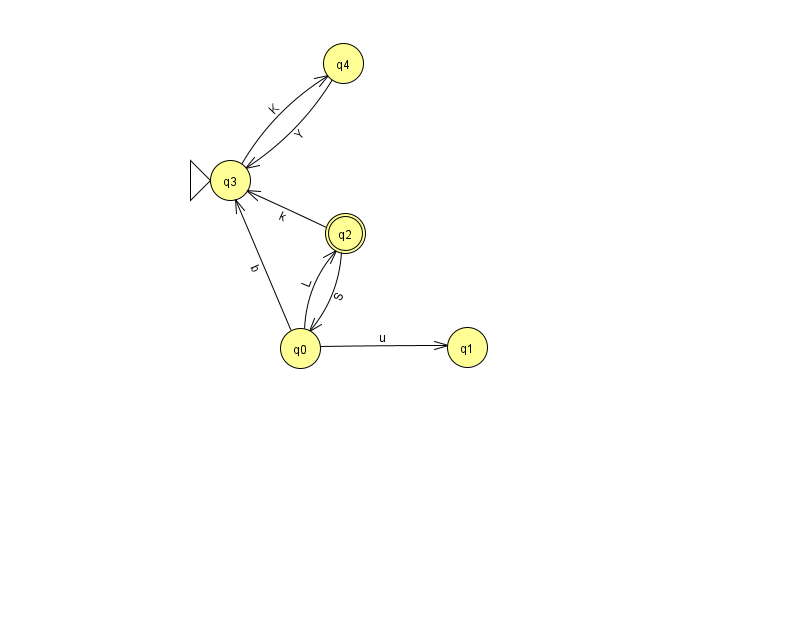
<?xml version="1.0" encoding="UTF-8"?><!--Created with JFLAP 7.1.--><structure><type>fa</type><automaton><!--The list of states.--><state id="0" name="q0"><x>300.0</x><y>335.0</y></state><state id="1" name="q1"><x>467.0</x><y>334.0</y></state><state id="2" name="q2"><x>345.0</x><y>220.0</y><final/></state><state id="3" name="q3"><x>230.0</x><y>167.0</y><initial/></state><state id="4" name="q4"><x>343.0</x><y>50.0</y></state><!--The list of transitions.--><transition><from>0</from><to>2</to><read>L</read></transition><transition><from>3</from><to>4</to><read>K</read></transition><transition><from>0</from><to>1</to><read>u</read></transition><transition><from>4</from><to>3</to><read>Y</read></transition><transition><from>0</from><to>3</to><read>b</read></transition><transition><from>2</from><to>3</to><read>k</read></transition><transition><from>2</from><to>0</to><read>S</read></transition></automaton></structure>